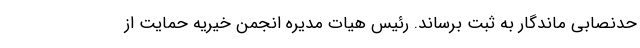
حدنصابی ماندگار به ثبت برساند. رئیس هیات مدیره انجمن خیریه حمایت از